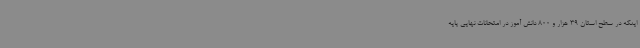
اینکه در سطح استان 39 هزار و 800 دانش آموز در امتحانات نهایی پایه